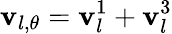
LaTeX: \mathbf{v}_{l,\theta}=\mathbf{v}_{l}^{1}+\mathbf{v}_{l}^{3}